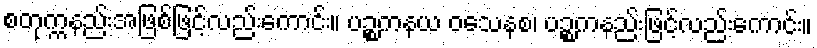
စတုက္ကနည်းအဖြစ်ဖြင့်လည်းကောင်း။ ပဉ္စကနယ ဝသေနစ၊ ပဉ္စကနည်းဖြင့်လည်းကောင်း။